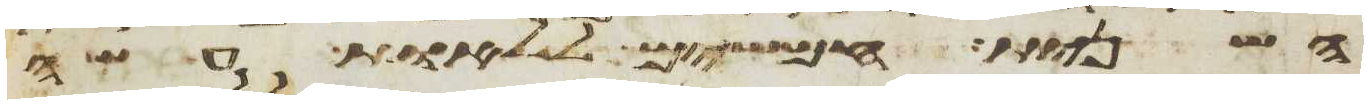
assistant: השנית חמשים ללאות עשה